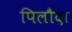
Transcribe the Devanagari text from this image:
पिलौदा